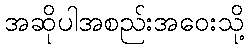
အဆိုပါအစည်းအဝေးသို့